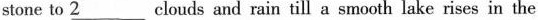
stone to \underline{2} clouds and rain till a smooth lake rises in the